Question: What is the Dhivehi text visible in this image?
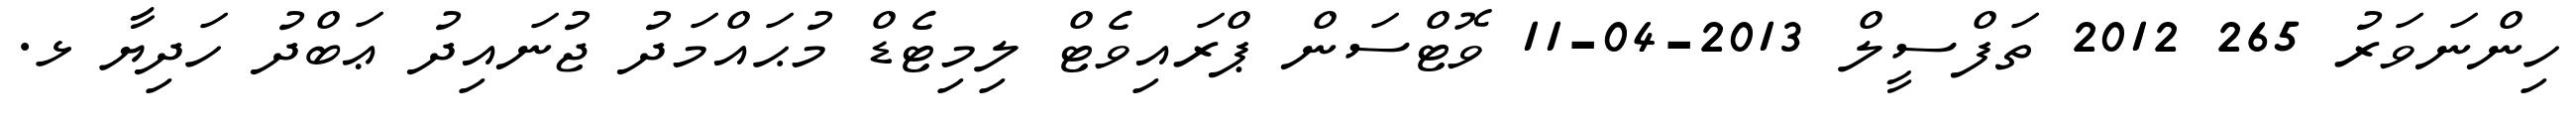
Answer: ހިންނަވަރު 265 2012 ތަފްސީލް 2013-04-11 ވޮޓްސަން ޕްރައިވެޓް ލިމިޓެޑް މުޙައްމަދު ޖުނައިދު ޢަބްދު ހަދިޔާ ޅ.